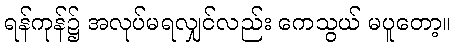
ရန်ကုန်၌ အလုပ်မရလျှင်လည်း ကေသွယ် မပူတော့။